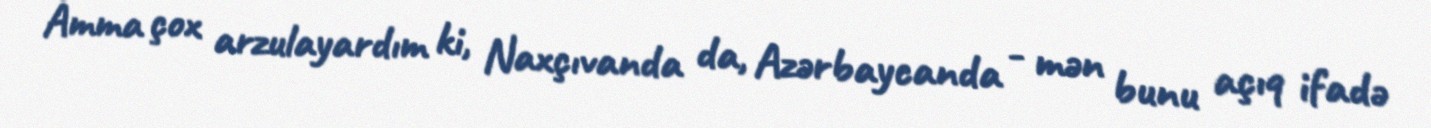
Amma çox arzulayardım ki, Naxçıvanda da, Azərbaycanda - mən bunu açıq ifadə